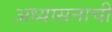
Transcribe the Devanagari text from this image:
अध्यासनाची